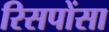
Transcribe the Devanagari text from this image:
रिसपोंसा